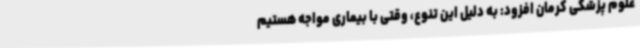
علوم پزشکی کرمان افزود: به دلیل این تنوع، وقتی با بیماری مواجه هستیم